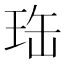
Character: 珤